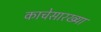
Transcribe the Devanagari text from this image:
काचेसारख्या